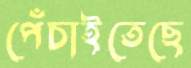
পেঁচাইতেছে